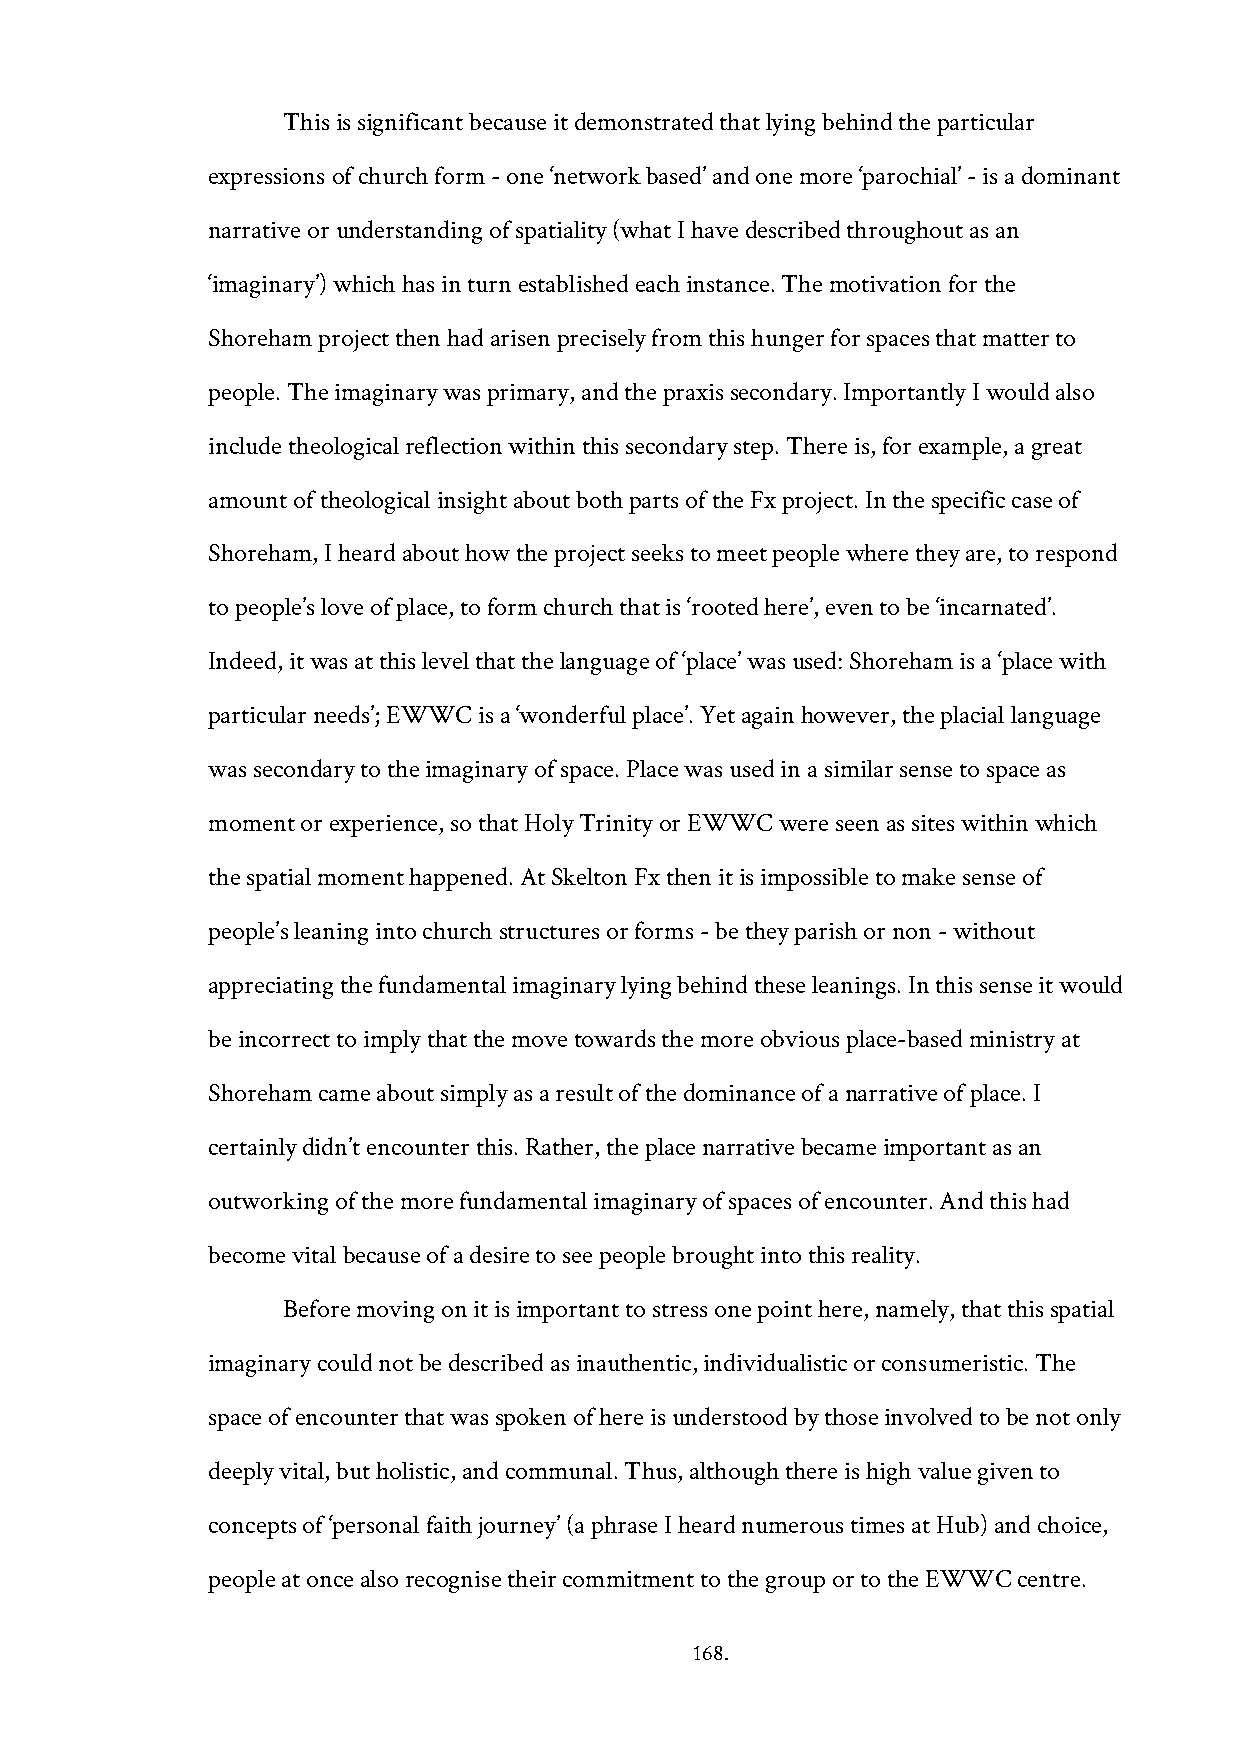
This is significant because it demonstrated that lying behind the particular
 expressions of church form - one ‘network based’ and one more ‘parochial’ - is a dominant
 narrative or understanding of spatiality (what I have described throughout as an
 ‘imaginary’) which has in turn established each instance. The motivation for the
 Shoreham project then had arisen precisely from this hunger for spaces that matter to
 people. The imaginary was primary, and the praxis secondary. Importantly I would also
 include theological reflection within this secondary step. There is, for example, a great
 amount of theological insight about both parts of the Fx project. In the specific case of
 Shoreham, I heard about how the project seeks to meet people where they are, to respond
 to people’s love of place, to form church that is ‘rooted here’, even to be ‘incarnated’.
 Indeed, it was at this level that the language of ‘place’ was used: Shoreham is a ‘place with
 particular needs’; EWWC is a ‘wonderful place’. Yet again however, the placial language
 was secondary to the imaginary of space. Place was used in a similar sense to space as
 moment or experience, so that Holy Trinity or EWWC were seen as sites within which
 the spatial moment happened. At Skelton Fx then it is impossible to make sense of
 people’s leaning into church structures or forms - be they parish or non - without
 appreciating the fundamental imaginary lying behind these leanings. In this sense it would
 be incorrect to imply that the move towards the more obvious place-based ministry at
 Shoreham came about simply as a result of the dominance of a narrative of place. I
 certainly didn’t encounter this. Rather, the place narrative became important as an
 outworking of the more fundamental imaginary of spaces of encounter. And this had
 become vital because of a desire to see people brought into this reality.
 Before moving on it is important to stress one point here, namely, that this spatial
 imaginary could not be described as inauthentic, individualistic or consumeristic. The
 space of encounter that was spoken of here is understood by those involved to be not only
 deeply vital, but holistic, and communal. Thus, although there is high value given to
 concepts of ‘personal faith journey’ (a phrase I heard numerous times at Hub) and choice,
 people at once also recognise their commitment to the group or to the EWWC centre.
 168.